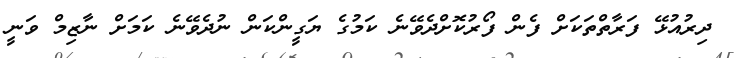
ދިރުއުޅޭ ފަރާތްތަކަށް ފެން ފޯރުކޮށްދެވޭނެ ކަމުގެ ޔަގީންކަން ނުދެވޭނެ ކަމަށް ނާޒިމް ވަނީ